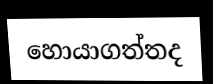
හොයාගත්තද